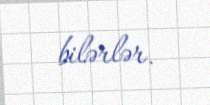
bilərlər.